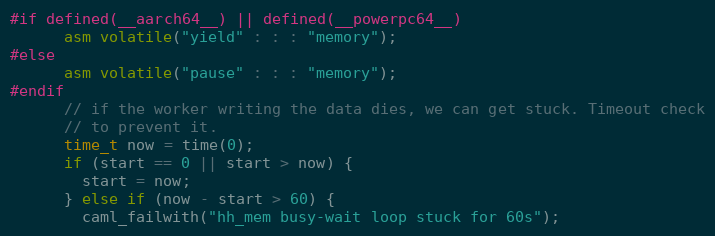
Language: C
#if defined(__aarch64__) || defined(__powerpc64__)
      asm volatile("yield" : : : "memory");
#else
      asm volatile("pause" : : : "memory");
#endif
      // if the worker writing the data dies, we can get stuck. Timeout check
      // to prevent it.
      time_t now = time(0);
      if (start == 0 || start > now) {
        start = now;
      } else if (now - start > 60) {
        caml_failwith("hh_mem busy-wait loop stuck for 60s");